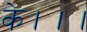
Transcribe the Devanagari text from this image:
के।।।